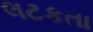
લટકતા